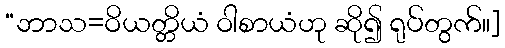
“ဘာသ=ဝိယတ္တိယံ ဝါစာယံဟု ဆို၍ ရုပ်တွက်။]